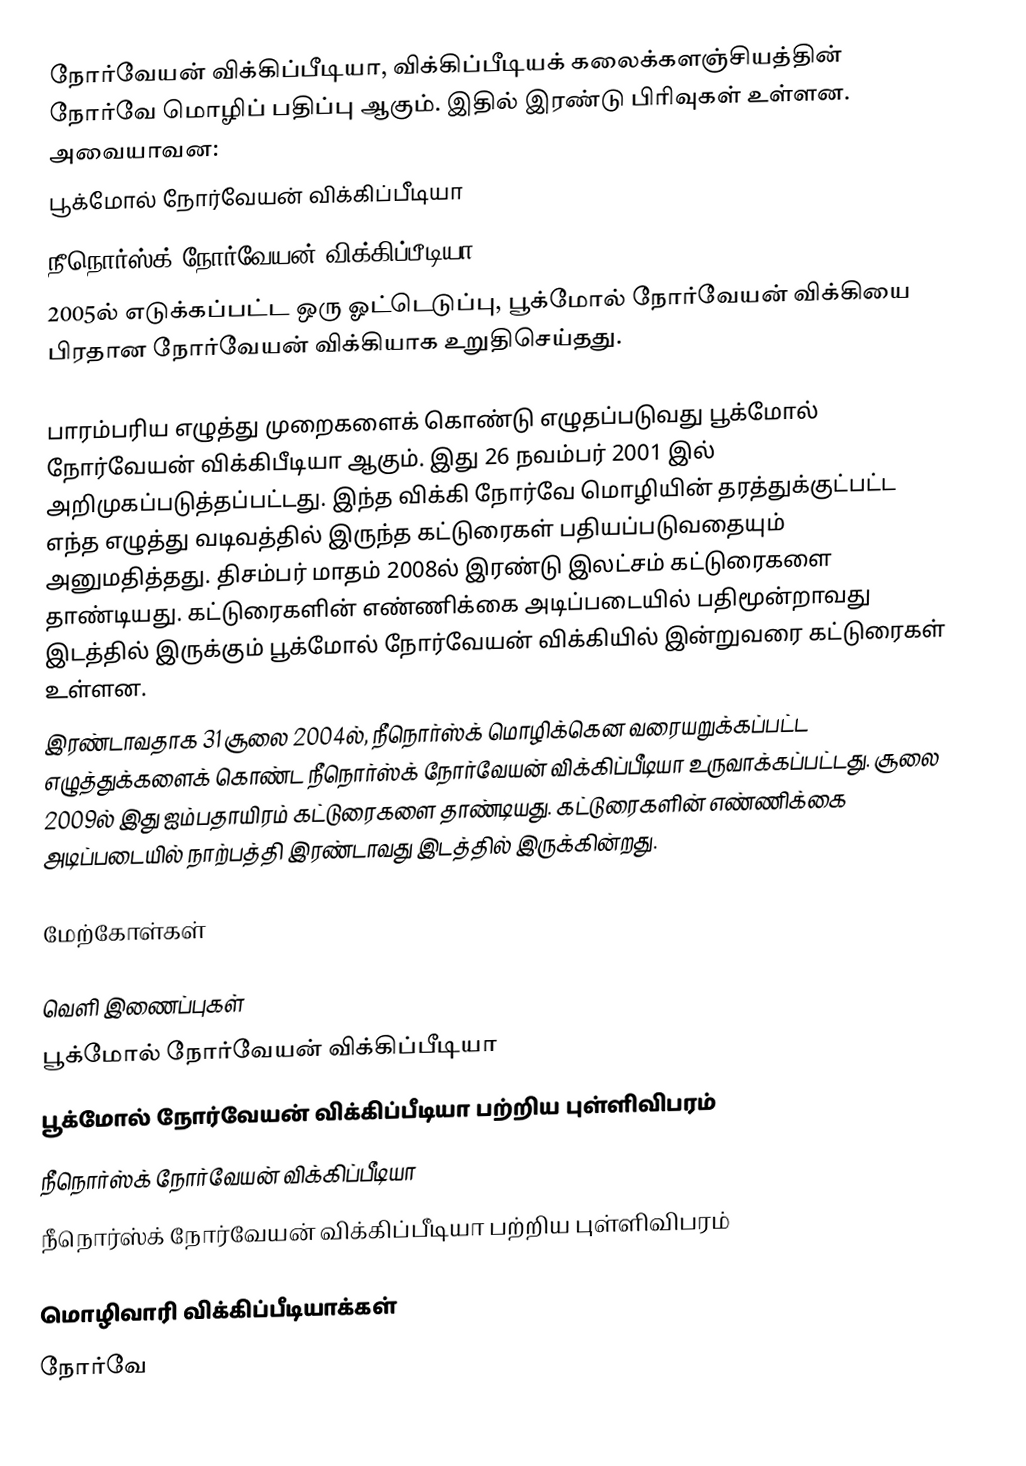
நோர்வேயன் விக்கிப்பீடியா, விக்கிப்பீடியக் கலைக்களஞ்சியத்தின் நோர்வே மொழிப் பதிப்பு ஆகும். இதில் இரண்டு பிரிவுகள் உள்ளன.  அவையாவன:
பூக்மோல் நோர்வேயன் விக்கிப்பீடியா
 நீநொர்ஸ்க் நோர்வேயன் விக்கிப்பீடியா
2005ல் எடுக்கப்பட்ட ஒரு ஓட்டெடுப்பு, பூக்மோல் நோர்வேயன் விக்கியை பிரதான நோர்வேயன் விக்கியாக உறுதிசெய்தது.

பாரம்பரிய எழுத்து முறைகளைக் கொண்டு எழுதப்படுவது பூக்மோல் நோர்வேயன் விக்கிபீடியா ஆகும். இது 26 நவம்பர் 2001 இல் அறிமுகப்படுத்தப்பட்டது. இந்த விக்கி நோர்வே மொழியின் தரத்துக்குட்பட்ட எந்த எழுத்து வடிவத்தில் இருந்த கட்டுரைகள் பதியப்படுவதையும் அனுமதித்தது. திசம்பர் மாதம் 2008ல் இரண்டு இலட்சம் கட்டுரைகளை தாண்டியது. கட்டுரைகளின் எண்ணிக்கை அடிப்படையில் பதிமூன்றாவது இடத்தில் இருக்கும்  பூக்மோல் நோர்வேயன் விக்கியில் இன்றுவரை கட்டுரைகள் உள்ளன.
இரண்டாவதாக 31 சூலை 2004ல், நீநொர்ஸ்க் மொழிக்கென வரையறுக்கப்பட்ட எழுத்துக்களைக் கொண்ட நீநொர்ஸ்க் நோர்வேயன் விக்கிப்பீடியா உருவாக்கப்பட்டது. சூலை 2009ல் இது ஐம்பதாயிரம் கட்டுரைகளை தாண்டியது. கட்டுரைகளின் எண்ணிக்கை அடிப்படையில் நாற்பத்தி இரண்டாவது இடத்தில் இருக்கின்றது.

மேற்கோள்கள்

வெளி இணைப்புகள்
 பூக்மோல் நோர்வேயன் விக்கிப்பீடியா
பூக்மோல் நோர்வேயன் விக்கிப்பீடியா பற்றிய புள்ளிவிபரம்
நீநொர்ஸ்க் நோர்வேயன் விக்கிப்பீடியா
நீநொர்ஸ்க் நோர்வேயன் விக்கிப்பீடியா பற்றிய புள்ளிவிபரம்

மொழிவாரி விக்கிப்பீடியாக்கள்
நோர்வே